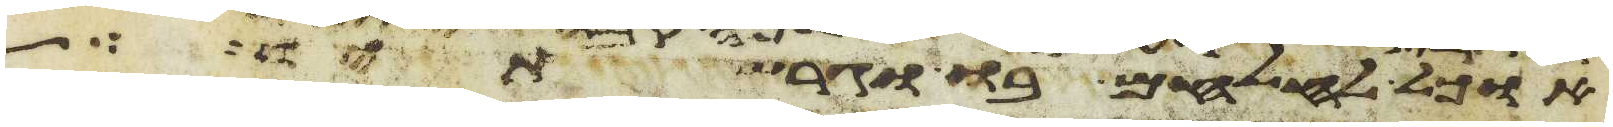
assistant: אוכל להלחם בו וגרשתיו